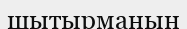
шытырманын